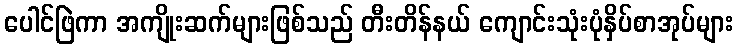
ပေါင်ဖြဲကာ အကျိုးဆက်များဖြစ်သည် တီးတိန်နယ် ကျောင်းသုံးပုံနှိပ်စာအုပ်များ